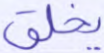
يخلق